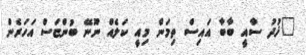
"ޚުދު ސާއީ ބާބާ އައިސް ތިމަން މިއީ ކަލެއް ނޫނޭ ބުންޏަސް އަހަރެން